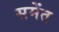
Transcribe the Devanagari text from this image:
समेंत